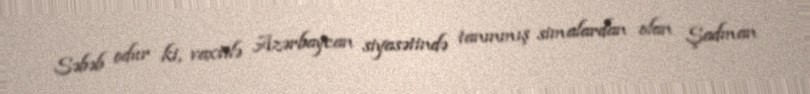
Səbəb odur ki, vaxtilə Azərbaycan siyasətində tanınmış simalardan olan Şadman